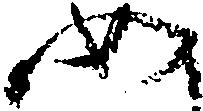
如